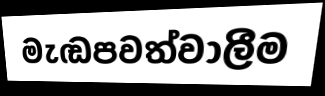
මැඬපවත්වාලීම